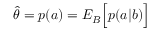
\hat { \theta } = p ( a ) = { E } _ { B } \Big [ p ( a | b ) \Big ]